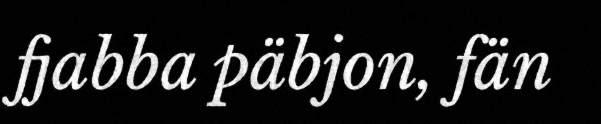
fjabba päbjon, fän